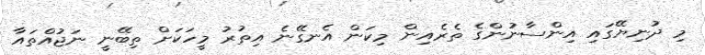
މި ދުނިޔޭގައި އިންސާނުންގެ ތެރެއިން މިކަން އެނގޭނެ އިތުރު މީހަކަށް ތިބޭނީ ނަޖުއްތައާ